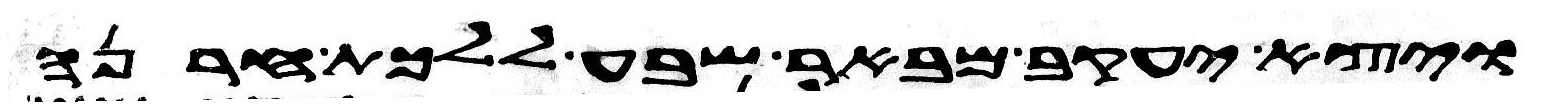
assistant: ויצא יעקב מבאר שבע ללכת חרנה